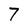
Character: 7